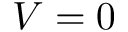
V = 0